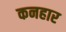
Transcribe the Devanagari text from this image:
कनहार